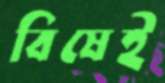
বিষেই